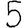
Digit: 5